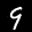
Label: 9